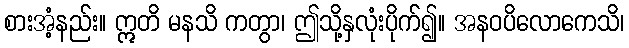
စားအံ့နည်း။ ဣတိ မနသိ ကတွာ၊ ဤသို့နှလုံးပိုက်၍။ အနဝပိလောကေသိ၊